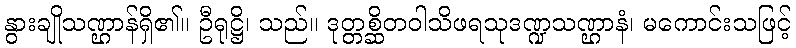
နွားချိုသဏ္ဌာန်ရှိ၏။ ဦရုဋ္ဌိ၊ သည်။ ဒုတ္တစ္ဆိတဝါသိဖရသုဒဏ္ဍသဏ္ဌာနံ၊ မကောင်းသဖြင့်